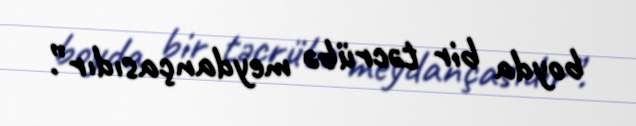
boyda bir təcrübə meydançasıdır”.